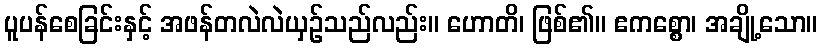
ပူပန်စေခြင်းနှင့် အဖန်တလဲလဲယှဉ်သည်လည်း။ ဟောတိ၊ ဖြစ်၏။ ဧကစ္စော၊ အချို့သော။